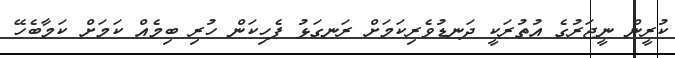
ކުރީން ނީޖަރުގެ އުތުރަކީ ދަނޑުވެރިކަމަށް ރަނގަޅު ފެހިކަން ހުރި ބިމެއް ކަމަށް ކަމާބެހޭ